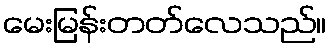
မေးမြန်းတတ်လေသည်။